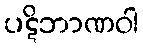
ပဋိဘာဏဝါ